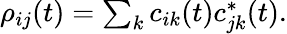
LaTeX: \begin{array}{r}{\rho_{ij}(t)=\sum_{k}c_{ik}(t)c_{jk}^{\ast}(t).}\end{array}